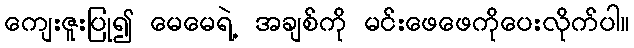
ကျေးဇူးပြု၍ မေမေရဲ့ အချစ်ကို မင်းဖေဖေကိုပေးလိုက်ပါ။